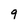
Character: 9